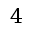
4